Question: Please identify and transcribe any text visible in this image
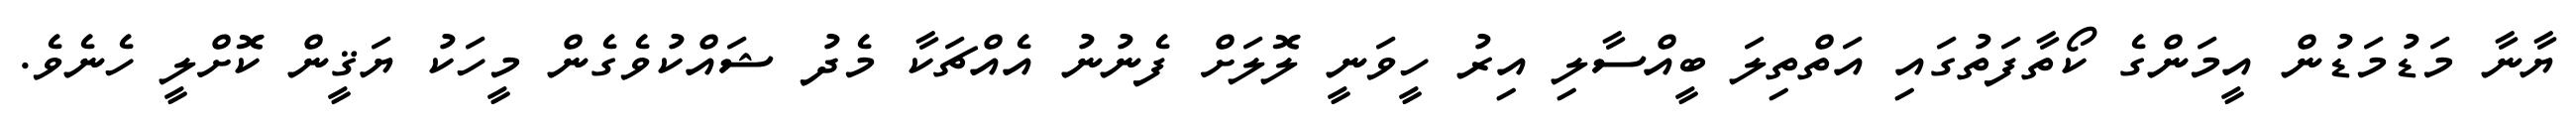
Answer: ޔާނާ މަޑުމަޑުން އީމަންގެ ކޯތާފަތުގައި އަތްތިލަ ބީއްސާލި އިރު ހީވަނީ ލޮލަށް ފެނުނު އެއްޗަކާ މެދު ޝައްކުވެގެން މީހަކު ޔަޤީން ކޮށްލީ ހެނެވެ.